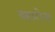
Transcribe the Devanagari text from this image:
बहारोना